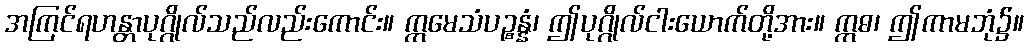
အကြင်ရဟန္တာပုဂ္ဂိုလ်သည်လည်းကောင်း။ ဣမေသံပဉ္စန္နံ၊ ဤပုဂ္ဂိုလ်ငါးယောက်တို့အား။ ဣဓ၊ ဤကာမဘုံ၌။